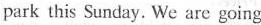
park this Sunday. We are going